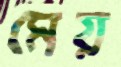
মেয়